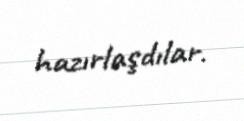
hazırlaşdılar.